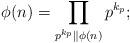
LaTeX: \begin{align*}\phi(n) = \prod_{p^{k_p} \parallel \phi(n)} p^{k_p};\end{align*}